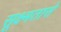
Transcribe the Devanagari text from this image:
सूक्ष्मतासे